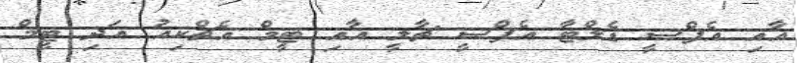
އާއި އެފްސީ ޑެލްޓާ އެފްސީ ޗާލީ އާއި ޓީމް އެޗްކިއު އަދި ޓީމް